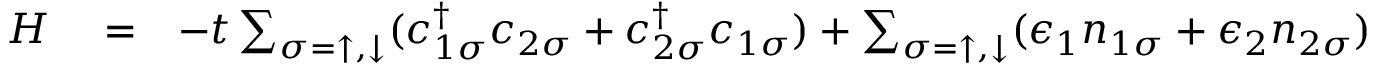
\begin{array} { r l r } { H } & { { } = } & { - t \sum _ { \sigma = \uparrow , \downarrow } ( c _ { 1 \sigma } ^ { \dagger } c _ { 2 \sigma } + c _ { 2 \sigma } ^ { \dagger } c _ { 1 \sigma } ) + \sum _ { \sigma = \uparrow , \downarrow } ( \epsilon _ { 1 } n _ { 1 \sigma } + \epsilon _ { 2 } n _ { 2 \sigma } ) } \end{array}